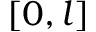
[ 0 , l ]